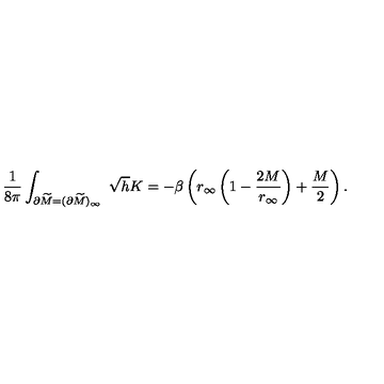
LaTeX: { \frac { 1 } { 8 \pi } } \int _ { \partial \widetilde M = ( \partial \widetilde M ) _ { \infty } } \ \sqrt { h } K = - \beta \left( r _ { \infty } \left( 1 - { \frac { 2 M } { r _ { \infty } } } \right) + { \frac { M } { 2 } } \right) .